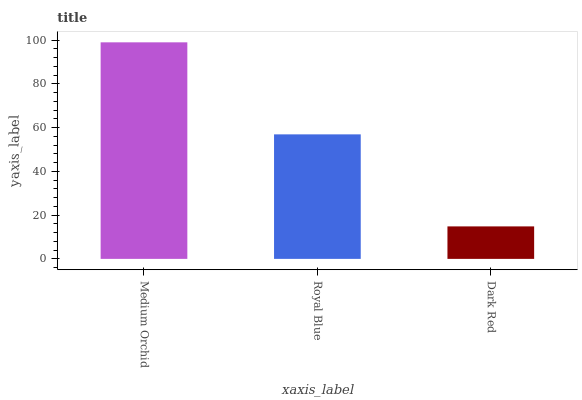
| xaxis_label | bars |
 | --- | --- |
 | Medium Orchid | 99 |
 | Royal Blue | 56.9 |
 | Dark Red | 14.9 |